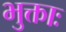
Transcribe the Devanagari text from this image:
भुक्ताः